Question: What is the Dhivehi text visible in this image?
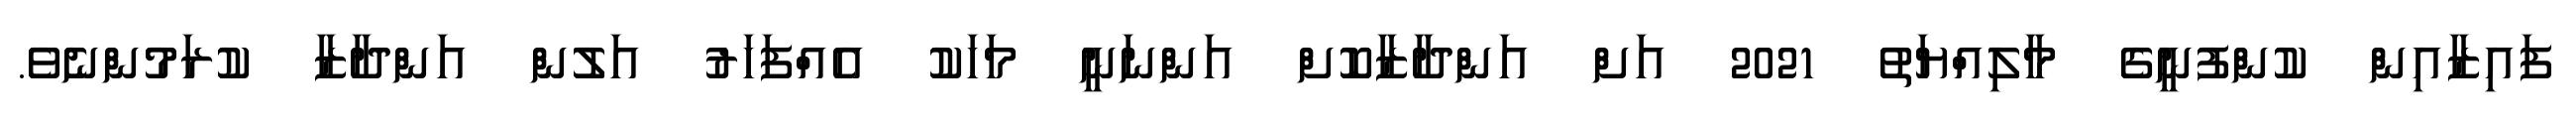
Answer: ފައިޒާއިން ކުންފުނީގެ މާލިއްޔަތު 2021 އަށް އަންދާޒާކޮށް އަންނަނީ މަހަކު އެއްފަހަރު އަލުން އަންދާޒާ ކުރަމުންނެވެ.